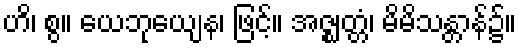
ဟိ၊ စွ။ ယေဘုယျေန၊ ဖြင့်။ အဇ္ဈတ္တံ၊ မိမိသန္တာန်၌။